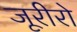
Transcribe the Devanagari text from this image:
जूरीरो